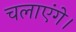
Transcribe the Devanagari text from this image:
चलाएंगे।